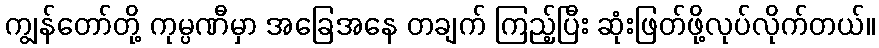
ကျွန်တော်တို့ ကုမ္ပဏီမှာ အခြေအနေ တချက် ကြည့်ပြီး ဆုံးဖြတ်ဖို့လုပ်လိုက်တယ်။